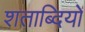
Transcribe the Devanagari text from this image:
शताब्‍दियों